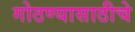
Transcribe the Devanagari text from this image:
गोठण्यासाठीचे